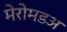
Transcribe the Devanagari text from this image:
मेरोमडअ